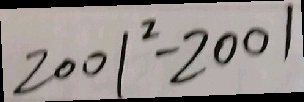
2 0 0 1 ^ { 2 } - 2 0 0 1